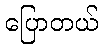
ပြောတယ်